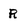
Character: R